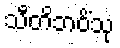
သီတိဘဝိံသု